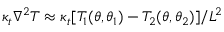
\kappa _ { t } \nabla ^ { 2 } T \approx \kappa _ { t } [ T _ { 1 } ( \theta , \theta _ { 1 } ) - T _ { 2 } ( \theta , \theta _ { 2 } ) ] / L ^ { 2 }